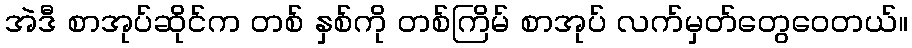
အဲဒီ စာအုပ်ဆိုင်က တစ် နှစ်ကို တစ်ကြိမ် စာအုပ် လက်မှတ်တွေဝေတယ်။